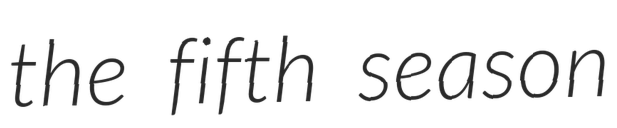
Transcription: the fifth season